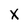
Character: x